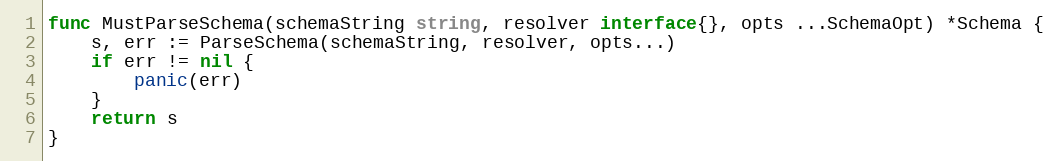
Language: Go
func MustParseSchema(schemaString string, resolver interface{}, opts ...SchemaOpt) *Schema {
	s, err := ParseSchema(schemaString, resolver, opts...)
	if err != nil {
		panic(err)
	}
	return s
}